Dysentery and liver abscess in Bombay - Number 47
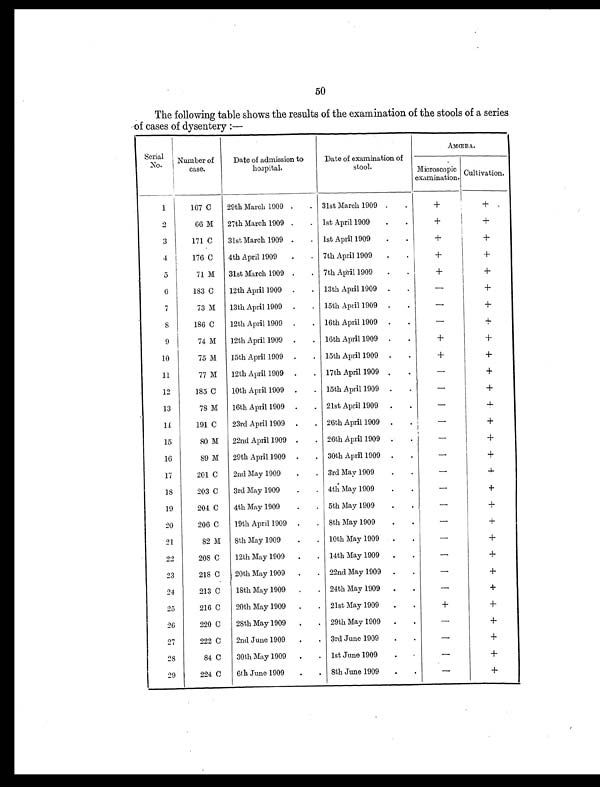
50
The following table shows the results of the examination of the stools of a series
of cases of dysentery :—
Serial
N o .
Number of
case.
Date of admission to
hospital.
Date of examination of
stool.
AMŒBA.
Microscopic
examination. Cultivation
1
167 C
29th March 1909 .
. 31st March 1909 .
.
+
+
2
66 M
27th March 1909 .
. 1st April 1909
.
.
+
+
3
171 C
31st March 1909 .
. 1st April 1909
.
.
+
+
4
176 C
4th April 1909
.
. 7th April 1909
.
.
+
+
5
71 M
31st March 1909 .
. 7th April 1909
.
.
+
+
6
183 C
12th April 1909 .
. 13th April 1909 .
.
–
+
7
73 M
13th April 1909 .
. 15th April 1909 .
.
–
+
S
186 0
12th April 1909 .
. 16th April 1909 .
.
–
+
0
74 M
12th April 1909 .
. 16th April 1909 .
.
+
+
10
75 M
15th April 1909 .
. 15th April 1909 .
.
+
+
11
77 M
12th April 1909 .
. 17th April 1909 .
.
–
+
12
185 C
10th April 1909 .
. 15th April 1909
. .
–
+
13
78 M
16th April 1909 .
. 21st April 1909 .
.
–
+
14
191 C
23rd April 1909 .
. 26th April 1909 .
.
–
+
15
80 M
22nd April 1909 .
. 26th April 1909
.
–
+
16
89 M
29th April 1909 .
. 30th April 1909 .
.
–
+
17
201 C
2nd May 1909
.
. 3rd May 1909
.
.
–
18
203 C
3rd May 1909
.
. 4th May 1909
.
.
–
+
19
204 C
4th May 1909
.
. 5th May 1909
.
.
–
+
20
206 C
19th April 1909 .
. 8th May 1909
.
.
–
+
21
82 M
8th May 1909
.
. 10th May 1909
.
.
–
+
22
208 C
12th May 1909
.
. 14th May 1909
.
.
–
+
23
218 C
20th May 1909
.
. 22nd May 1909 .
.
–
+
24
213 C
18th May 1909
.
. 24th May 1909
.
.
–
+
25
216 C
20th May 1909
.
. 21st May 1909
.
.
+
+
26
220 C
28th May 1909
.
. 29th May 1909
.
.
–
+
27
222 C
2nd June 1909
.
. 3rd June 1909
.
.
–
+
28
84 C
30th May 1909
.
. 1st Juno 1909
.
–
+
20
224 C
6th June 1909
.
. 8th June 1909
.
.
–
+